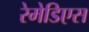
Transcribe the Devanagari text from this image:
रेमेडिएस